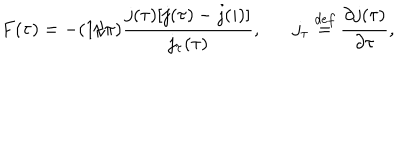
LaTeX: F ( \tau ) = - ( 1 / \pi ) \frac { j ( \tau ) [ j ( \tau ) - j ( i ) ] } { j _ { \tau } ( \tau ) } , j _ { \tau } \stackrel { d e f } { = } \frac { \partial j ( \tau ) } { \partial \tau } ,